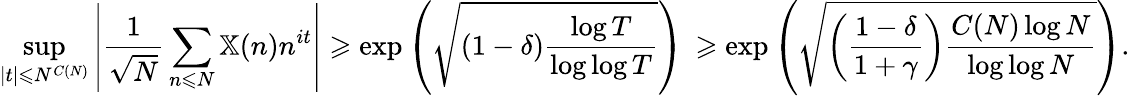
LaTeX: \operatorname*{sup}_{|t|\leqslant N^{C(N)}}\left|\frac{1}{\sqrt{N}}\sum_{n\leqslant N}\mathbb X(n)n^{it}\right|\geqslant\exp\left(\sqrt{(1-\delta)\frac{\log T}{\log\log T}}\right)\, \geqslant\exp\left(\sqrt{\left(\frac{1-\delta}{1+\gamma}\right)\frac{C(N)\log N}{\log\log N}}\right).